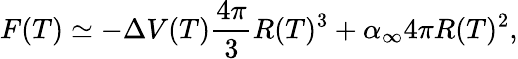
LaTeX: F(T)\simeq-\Delta V(T)\frac{4\pi}{3}R(T)^{3}+\alpha_{\infty}4\pi R(T)^{2},